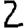
Digit: 2